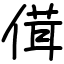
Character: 傇